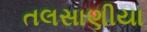
તલસાણીયા